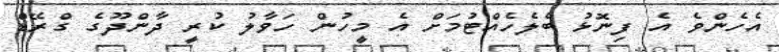
އެހެންވެ އެ ފިނޮޅު ބެލެހެއްޓުމަށް އެ މީހުން ހަވާލު ކުރީ ދާންދޫގެ ގްރޭޑް